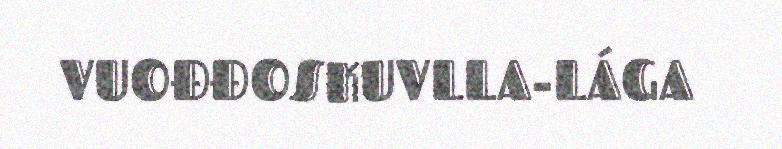
VUOĐĐOSKUVLLA-LÁGA